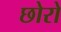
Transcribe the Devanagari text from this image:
छोरो